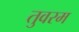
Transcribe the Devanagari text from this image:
तुवरम